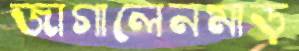
জাগালেনমাড়